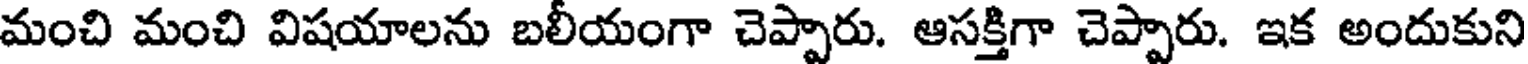
మంచి మంచి విషయాలను బలీయంగా చెప్పారు. ఆసక్తిగా చెప్పారు. ఇక అందుకుని